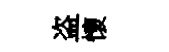
盗懷